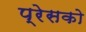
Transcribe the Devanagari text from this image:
प्रेसको